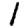
Digit: 1